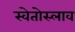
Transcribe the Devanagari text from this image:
स्वेतोस्लाव